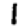
Digit: 1